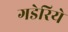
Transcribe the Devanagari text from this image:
गडेरिये